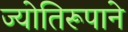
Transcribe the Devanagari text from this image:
ज्योतिरूपाने